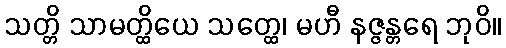
သတ္တိ သာမတ္ထိယေ သတ္ထေ၊ မဟီ နဇ္ဇန္တရေ ဘုဝိ။